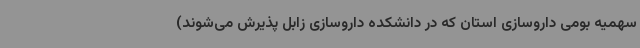
سهمیه بومی داروسازی استان که در دانشکده داروسازی زابل پذیرش می‌شوند)